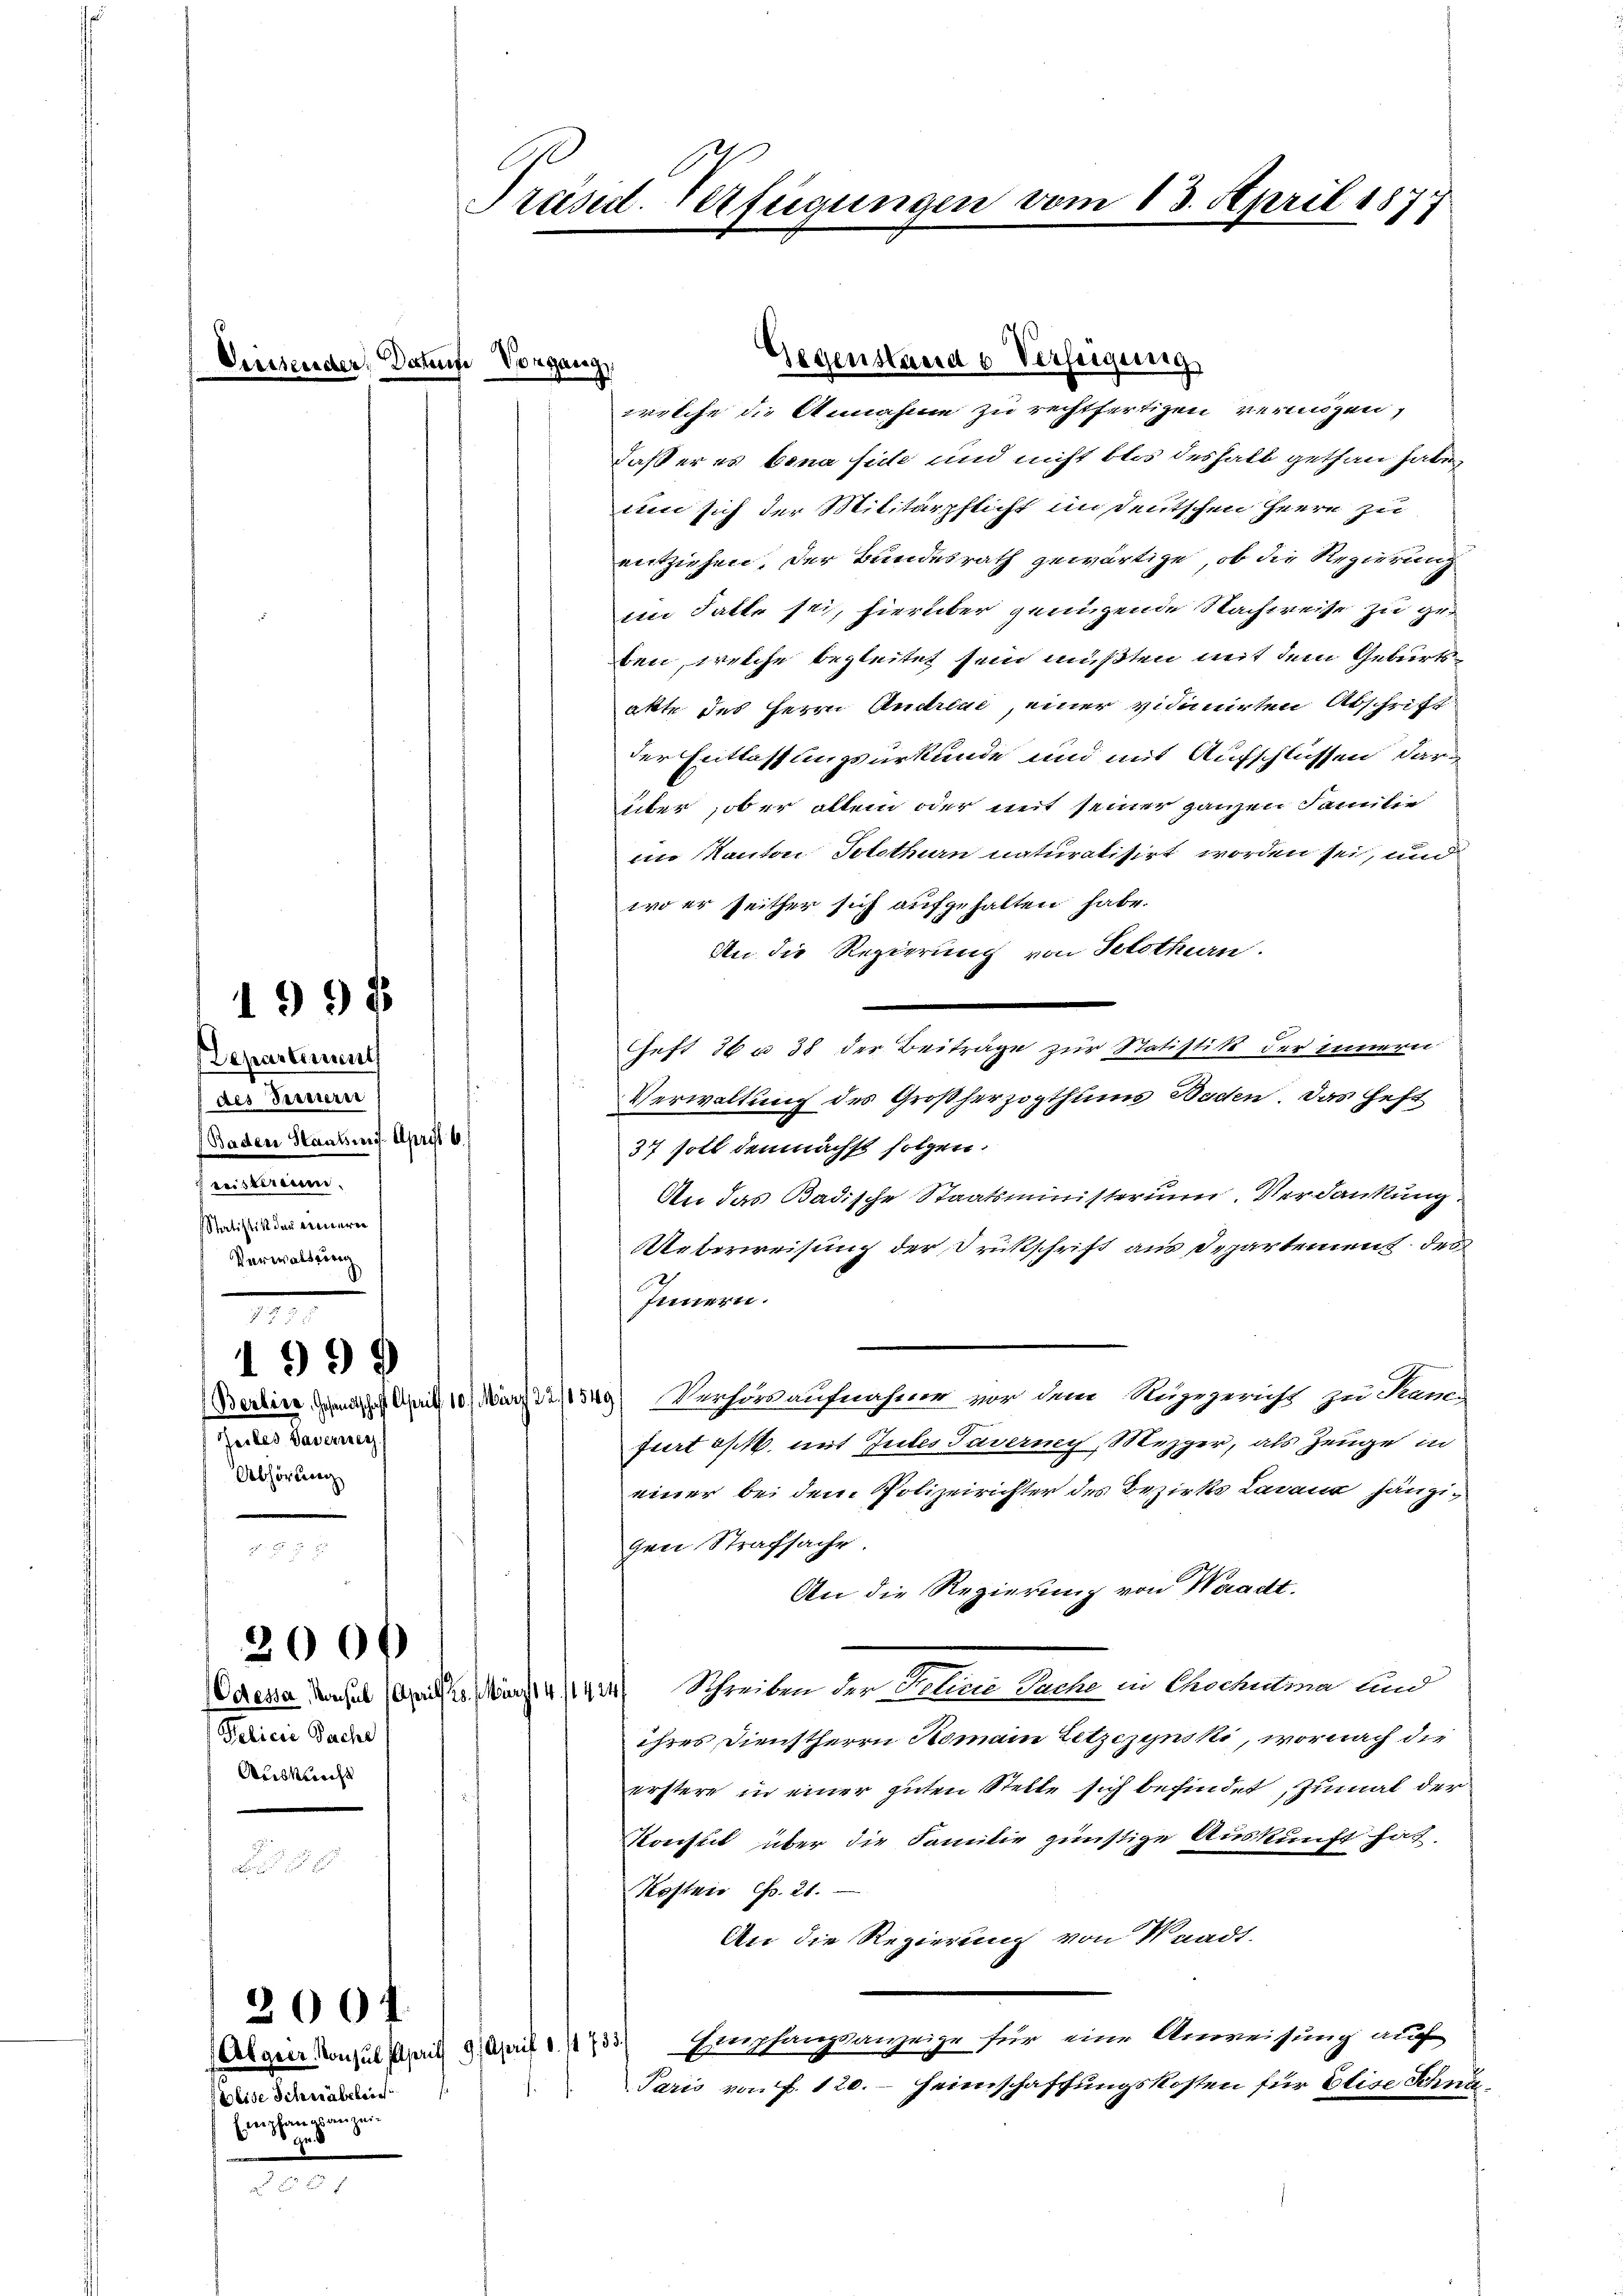
Dei

Departenunt
des Fernern
Baden Staatsins April 6.
reisterium.
Statistik der eineren
Verwaltsorg
.
1999
Reibes Daverner
Abhörung

Policii Sache
Auskerecht

2000

199 f

Beide Schwäblei
Etephan den zei¬
.

2001

welche die Annahme zu rechtfertigen vermögen,
daß er es bona fide und nicht blos deshalb gethan habe
und sich der Militärpflicht im Deutschen Herrn zu
entziehen, der Bundesrath gewärtige, ob die Regierung
im Falle sei, hierüber genügende Nachweise zu geben, welche begleitet sein müßten mit dem Geburtsakte des Herrn Andreae, einer vidimirten Abschrift
der Entlassungsurkunde und mit Aufschlüssen darüber ober allein oder mit seiner ganzen Familie
mn Kanton Solothurn naturalisirt worden sei, und
wo er seither sich aufgehalten habe.
An die Regierung von Solothurn.
eft 76 à 38 der Beiträge zur Statistik der innern
Verwaltung des Großherzogthums Baden. Das heft
37 soll demnächst folgen.
An das Badische Staatsministerium. Verdankung
Ueberweisung der Drukschrift aus Departement des
Innern.
Berlier, sandtschaft April 10 März 22/1349) Verhöraufnahme vor dem Ruzegericht zu Seum-
furt off. mit Gutes Tavering, Mezger, als Zeuge in
einer bei dem Polizeirichter des Bezirks Lavaux hängisen Strafsache.
An die Regierung von Waadt.
cessa Konsul (p. März 14/142) Schreiben der Selinie Sache in Chochuma sind
ihres Dienstherrn Romain Letzczynski, wornach die
erstere in einer guten Stelle sich befindet, zumal der
Konseil über die Familie günstige Auskunft hat.
Kosten C. 21.
An die Regierung von Waadt.
Algner Konsul auf 9. Aprif v. 1733) Empfangsanzeige für eine Anweisung auch
Paris von P. 120. Heimschaffungskosten für Elise Schnef

Präsit. Verfügungen vom 13. April 1877

a. Datum Vorgang

Gegenstand u Verheigung